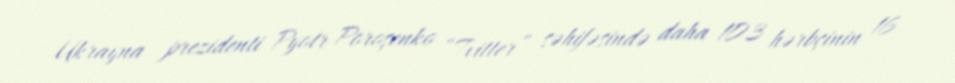
Ukrayna prezidenti Pyotr Poroşenko “Tvitter” səhifəsində daha 103 hərbçinin 16